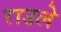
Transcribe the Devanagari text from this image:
राउले